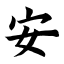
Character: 安